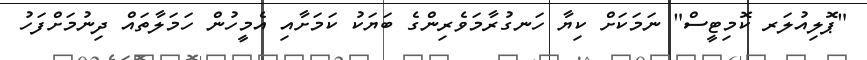
"ޕޮލިއުލަރ ކޮމިޓީސް" ނަމަކަށް ކިޔާ ހަނގުރާމަވެރިންގެ ބަޔަކު ކަމަށާއި އެމީހުން ހަމަލާތައް ދިނުމަށްފަހު